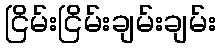
ငြိမ်းငြိမ်းချမ်းချမ်း